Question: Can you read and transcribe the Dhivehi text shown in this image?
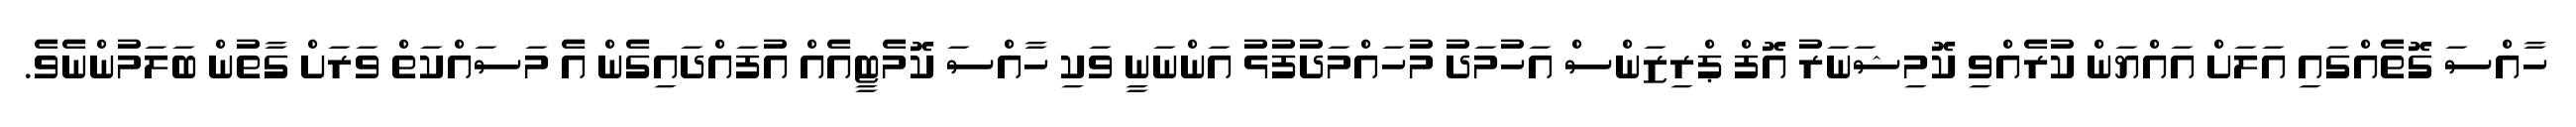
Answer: ހާއްސަ ގޮތެއްގައި އަލަށް އައްޔަން ކުރެއްވި ކޮމިޝަނަރު އޮފް ޕްރިޒަންސް އަހުމަދު މުހައްމަދުފުޅު އަންނަނީ ވަކި ހާއްސަ ކޮމެޓީއެއް އުފައްދައިގެން އެ މަސައްކަތް ވަރަށް ގާތުން ބަލަމުންނެވެ.